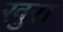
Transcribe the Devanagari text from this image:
खुरा